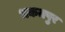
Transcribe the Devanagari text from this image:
भकतपुर